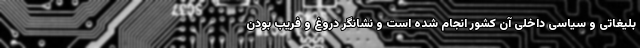
بلیغاتی و سیاسی داخلی آن کشور انجام شده است و نشانگر دروغ و فریب بودن